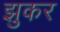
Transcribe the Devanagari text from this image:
झुकर